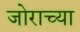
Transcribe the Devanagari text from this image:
जोराच्या